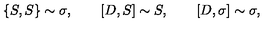
\{ S , S \} \sim \sigma , \qquad [ D , S ] \sim S , \qquad [ D , \sigma ] \sim \sigma ,